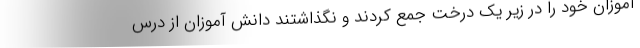
آموزان خود را در زیر یک درخت جمع کردند و نگذاشتند دانش آموزان از درس